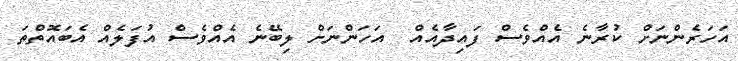
އަހަރެންނަށް ކުރާނެ އެއްވެސް ފައިދާއެއް  އަހަންނަށް ލިބޭނެ އެއްވެސް އުފަލެއް އެބައޮތްތަ